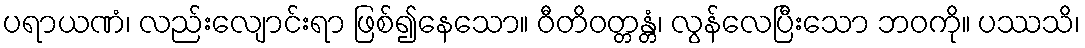
ပရာယဏံ၊ လည်းလျောင်းရာ ဖြစ်၍နေသော။ ဝီတိဝတ္တန္တံ၊ လွန်လေပြီးသော ဘဝကို။ ပဿသိ၊